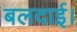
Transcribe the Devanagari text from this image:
बलदाई।